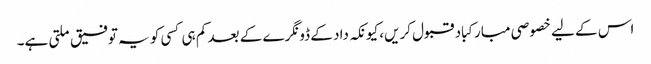
اس کے لیے خصوصی مبارکباد قبول کریں، کیونکہ داد کے ڈونگرے کے بعد کم ہی کسی کو یہ توفیق ملتی ہے۔